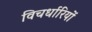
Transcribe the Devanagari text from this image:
विचर्धारियों